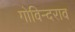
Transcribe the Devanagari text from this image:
गोविन्दराव